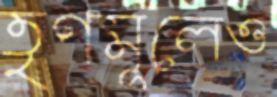
তৃণমূলেও